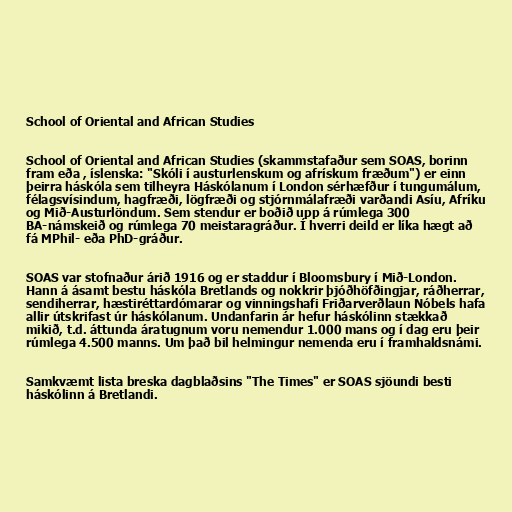
School of Oriental and African Studies

School of Oriental and African Studies (skammstafaður sem SOAS, borinn
fram eða , íslenska: "Skóli í austurlenskum og afrískum fræðum") er einn
þeirra háskóla sem tilheyra Háskólanum í London sérhæfður í tungumálum,
félagsvísindum, hagfræði, lögfræði og stjórnmálafræði varðandi Asíu, Afríku
og Mið-Austurlöndum. Sem stendur er boðið upp á rúmlega 300
BA-námskeið og rúmlega 70 meistaragráður. Í hverri deild er líka hægt að
fá MPhil- eða PhD-gráður.

SOAS var stofnaður árið 1916 og er staddur í Bloomsbury í Mið-London.
Hann á ásamt bestu háskóla Bretlands og nokkrir þjóðhöfðingjar, ráðherrar,
sendiherrar, hæstiréttardómarar og vinningshafi Friðarverðlaun Nóbels hafa
allir útskrifast úr háskólanum. Undanfarin ár hefur háskólinn stækkað
mikið, t.d. áttunda áratugnum voru nemendur 1.000 mans og í dag eru þeir
rúmlega 4.500 manns. Um það bil helmingur nemenda eru í framhaldsnámi.

Samkvæmt lista breska dagblaðsins "The Times" er SOAS sjöundi besti
háskólinn á Bretlandi.